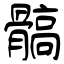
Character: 髇